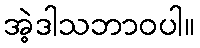
အဲ့ဒါသဘာဝပါ။